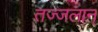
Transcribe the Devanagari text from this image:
तज्जलान्